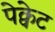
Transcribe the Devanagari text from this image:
पेक्वेट